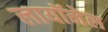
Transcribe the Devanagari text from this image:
लायॉनेल